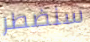
سنضطر